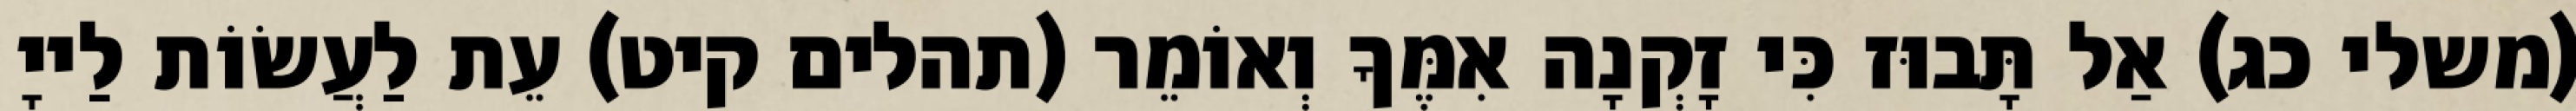
(משלי כג) אַל תָּבוּז כִּי זָקְנָה אִמֶּךָ וְאוֹמֵר (תהלים קיט) עֵת לַעֲשׂוֹת לַייָ